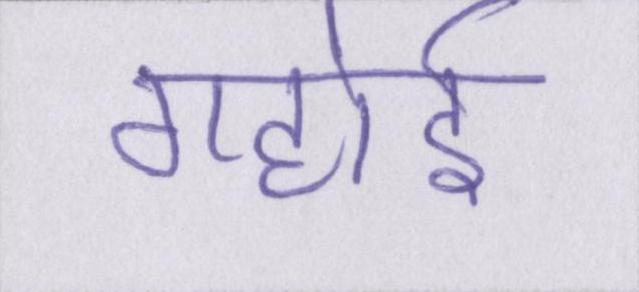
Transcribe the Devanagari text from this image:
गहोई